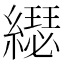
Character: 𦆄